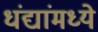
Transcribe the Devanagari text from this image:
धंद्यांमध्ये